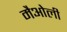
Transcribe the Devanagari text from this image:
मैओली